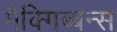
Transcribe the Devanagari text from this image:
मैक्गिब्बन्स